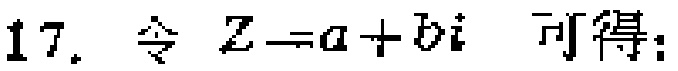
17. 令 \(Z = a + bi\) 可得: